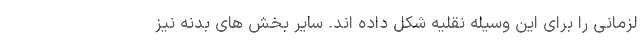
لزمانی را برای این وسیله نقلیه شکل داده اند. سایر بخش های بدنه نیز